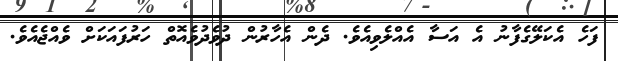
ފަހެ އެކަލޭގެފާނު އެ އަސާ އެއްލެވިއެވެ. ދެން އެހާރުން ދުވެދުވެއޮތް ހަރުފައަކަށް ވެއްޖެއެވެ.